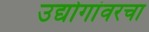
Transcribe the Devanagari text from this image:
उद्योगांवरचा